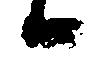
候